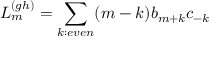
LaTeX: L _ { m } ^ { ( g h ) } = \sum _ { k : e v e n } ( m - k ) b _ { m + k } c _ { - k }